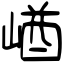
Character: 崷